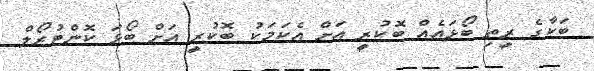
ބަކާގެ ރީތި ބޯޅައެއް ބޮކުރީ އަށް އެކަމަކު ބޮކުރީ އަށް ބޯޅަ ކޮންޓުރޯލް